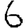
Digit: 6